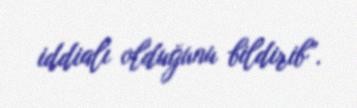
iddialı olduğunu bildirib”.